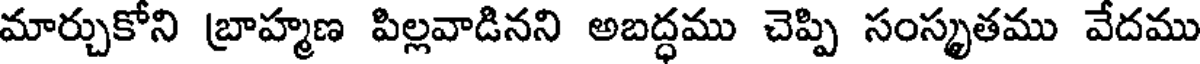
మార్చుకోని బ్రాహ్మణ పిల్లవాడినని అబద్ధము చెప్పి సంస్కృతము వేదము